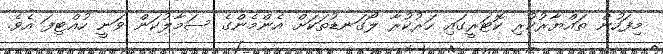
މިފަހުން ތައްޔާރުކުރި ކޮޓަރީގައި ހަރުކުރާ ލޯގަނޑުތަކަށް އެންމެންގެ ސަމާލުކަން ވަނީ ހުއްޓިފަ އެވެ.